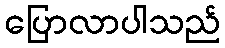
ပြောလာပါသည်